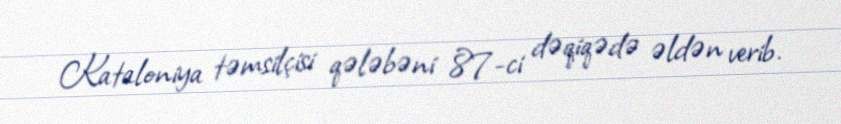
Kataloniya təmsilçisi qələbəni 87-ci dəqiqədə əldən verib.